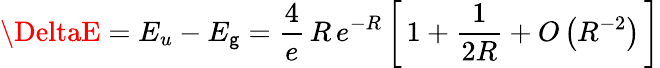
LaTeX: \DeltaE=E_{u}-E_{\mathsf{g}}={\frac{{4}}{{e}}}\, R\, e^{-R}\left[\, 1+{\frac{{1}}{{2R}}}+O\left(R^{-2}\right)\, \right]